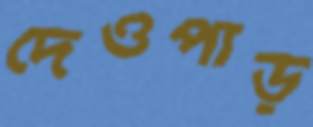
দেওপাড়